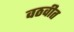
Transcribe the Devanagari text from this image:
वठवीत